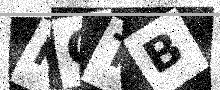
Text: KOTB